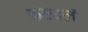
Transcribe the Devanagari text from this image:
कळवलं